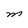
Character: m